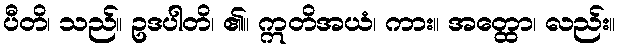
ပီတိ၊ သည်။ ဥဒပါတိ၊ ၏။ ဣတိအယံ၊ ကား။ အတ္ထော၊ လည်း။